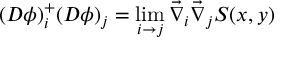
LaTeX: ( D \phi ) _ { i } ^ { + } ( D \phi ) _ { j } = \operatorname * { l i m } _ { i \rightarrow j } \vec { \nabla } _ { i } \vec { \nabla } _ { j } S ( x , y )